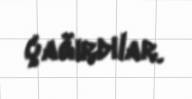
çağırdılar.